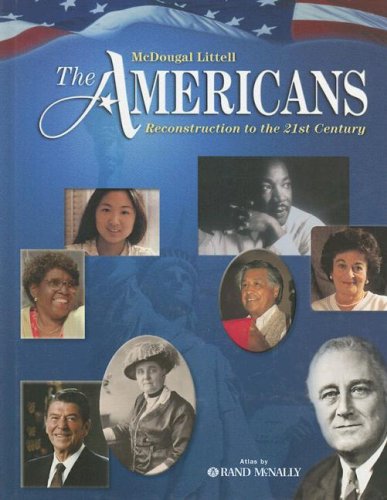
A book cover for The Americans: Reconstruction to the 21st Century: Student Edition ? 2005 2005; MCDOUGAL LITTEL; Teen & Young Adult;